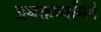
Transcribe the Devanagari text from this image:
प्रवक्तव्यमिदं